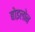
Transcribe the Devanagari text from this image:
बोइलोन